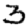
Digit: 3